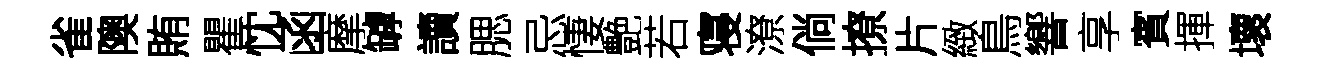
雀隩賄瞿忱函摩罅讀腮忌悽艶若寝潦倘撩片緻鳥響享賓揮壞